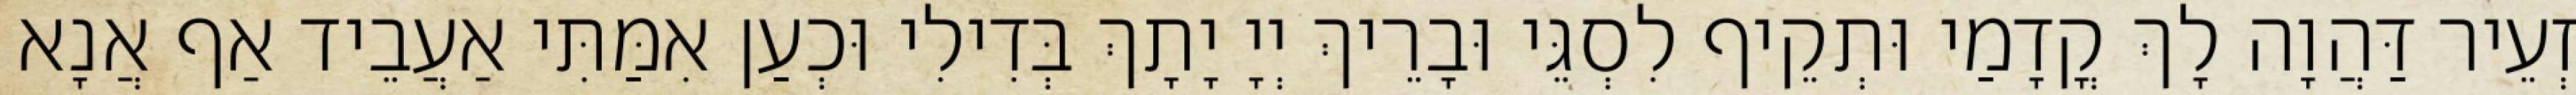
זְעֵיר דַּהֲוָה לָךְ קֳדָמַי וּתְקֵיף לִסְגֵּי וּבָרֵיךְ יְיָ יָתָךְ בְּדִילִי וּכְעַן אִמַּתִּי אַעֲבֵיד אַף אֲנָא